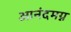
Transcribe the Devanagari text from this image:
आनंदमग्न